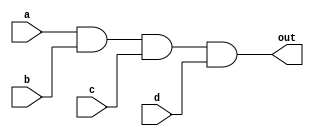
module AND_gate(
    input a,
    input b,
    input c,
    input d,
    output out
);

assign out = a & b & c & d;

endmodule